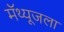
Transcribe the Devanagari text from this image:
मॅथ्यूजला